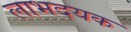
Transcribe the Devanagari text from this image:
लाभदयक